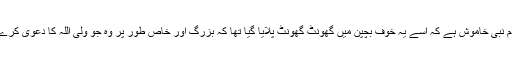
پیر صاحب بارے، غلام نبی خاموش ہے کہ اسے یہ خوف بچپن میں گھونٹ گھونٹ پلایا گیا تھا کہ بزرگ اور خاص طور پر وہ جو ولی اللہ کا دعویٰ کرے، سراسر بے ادبی ہے۔